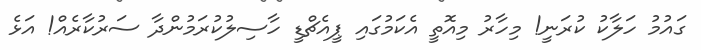
ގައުމު ހަލާކު ކުރަނީ! މިހާރު މިއޮތީ އެކަމުގައި ޕީއެޗްޑީ ހާސިލުކުރަމުންދާ ސަރުކާރެއް! އަޅެ